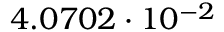
4 . 0 7 0 2 \cdot 1 0 ^ { - 2 }